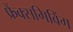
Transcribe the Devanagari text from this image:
फ्रैंक्सगिविंग